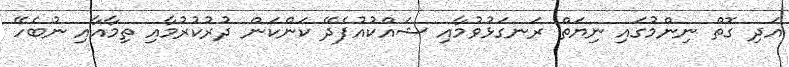
އަދި ގޮތް ނިންމުގައި ނިޔަތް ރަނގަޅުވުމާއި ޝައްކުއުފެދޭ ކަންކަން ދުރުކުރުމާއި ތިމާއާއި ނުބެހޭ